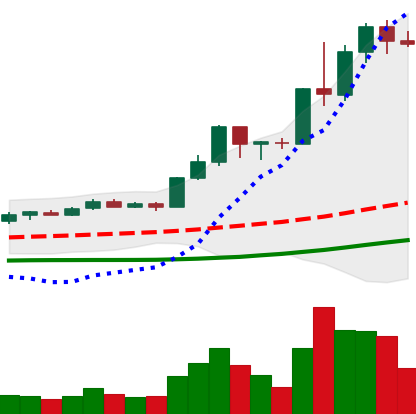
Ticker: LINK-USD
Chart end date: 2020-07-17
Forward return: -9.823%
Label: down_7plus